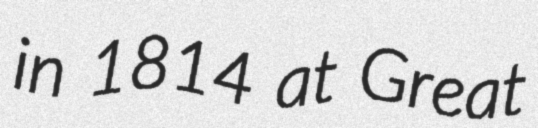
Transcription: in 1814 at Great